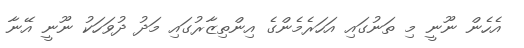
އެހެން ނޫނީ މި ތަނުގައި އަހަރެމެންގެ އިންތިޒާރުގައި މަދު ދުވަހަކު ނޫނީ އޭނާ